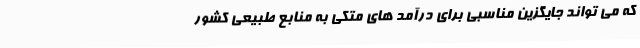
که می تواند جایگزین مناسبی برای درآمد های متکی به منابع طبیعی کشور